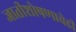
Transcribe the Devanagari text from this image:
जातीशोषणाचेही